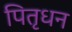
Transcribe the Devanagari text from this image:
पितृधन